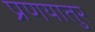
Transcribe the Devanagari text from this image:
प्रणयातुर